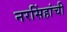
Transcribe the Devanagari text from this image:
नरसिंहांची